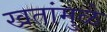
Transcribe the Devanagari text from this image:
खतांमुळे